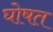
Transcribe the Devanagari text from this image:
घोषत